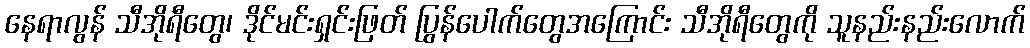
နေရာလွန် သီအိုရီတွေ၊ ဒိုင်မင်းရှင်းဖြတ် ပြွန်ပေါက်တွေအကြောင်း သီအိုရီတွေကို သူနည်းနည်းလောက်